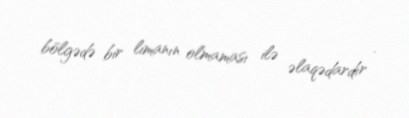
bölgədə bir limanın olmaması ilə əlaqədardır .